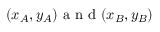
( x _ { A } , y _ { A } ) \mathrm { ~ a ~ n ~ d ~ } ( x _ { B } , y _ { B } )